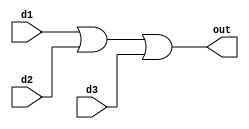
`timescale 1ns / 1ps

module or_gate(d1, d2, d3, out);
input d1 ,d2, d3;
output reg out;

    always@(d1, d2, d3)
begin
    out = d1 | d2 | d3;
end

endmodule